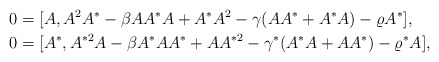
\begin{align*}0 &= [A, A^2A^* - \beta AA^*A + A^*A^2 - \gamma(AA^*+A^*A)-\varrho A^*], \\0 &= [A^*, A^{*2}A - \beta A^*AA^* + AA^{*2} - \gamma^*(A^*A+AA^*)-\varrho^* A],\end{align*}